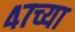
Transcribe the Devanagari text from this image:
४७च्या